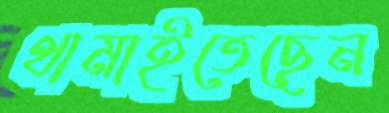
থামাইতেছেন